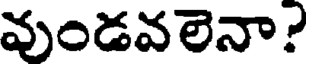
వుండవలెనా?